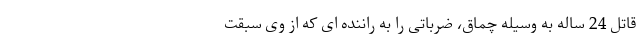
قاتل 24 ساله به وسیله چماق، ضرباتی را به راننده ای که از وی سبقت